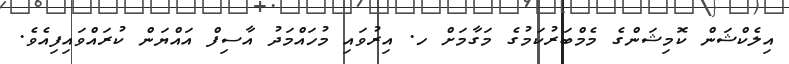
އިލެކްޝަން ކޮމިޝަންގެ މެމްބަރުކަމުގެ މަގާމަށް ހ. އިރުވައި މުހައްމަދު އާސިފް އައްޔަން ކުރައްވައިފިއެވެ.